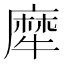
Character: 犘